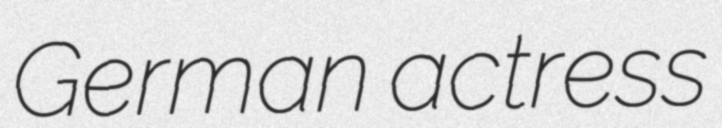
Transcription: German actress